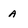
Character: A